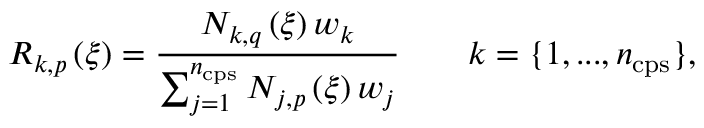
R _ { k , p } \left( \xi \right) = \frac { N _ { k , q } \left( \xi \right) w _ { k } } { \sum _ { j = 1 } ^ { n _ { \mathrm { { c p s } } } } N _ { j , p } \left( \xi \right) w _ { j } } \qquad k = \{ 1 , . . . , n _ { \mathrm { c p s } } \} ,